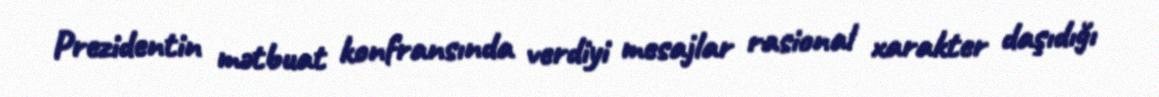
Prezidentin mətbuat konfransında verdiyi mesajlar rasional xarakter daşıdığı